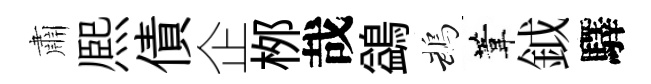
肅熈債企桞哉鷁鵡葦鉞驛